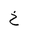
Letter: _kha